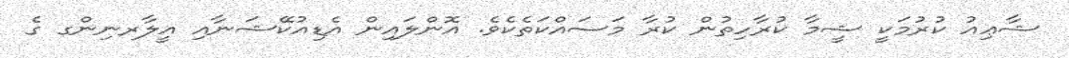
ޝާޢިއު ކުރުމަކީ ޝީމާ ކުރާހިތުން ކުރާ މަސައްކަތެކެވެ. އޮންލައިން އެޑިއުކޭޝަނާއި އީލާރނިންގ ގެ